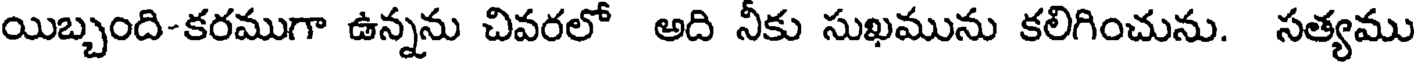
యిబ్బంది-కరముగా ఉన్నను చివరలో అది నీకు సుఖమును కలిగించును. సత్యము